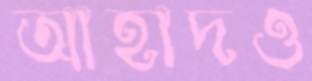
আহাদও